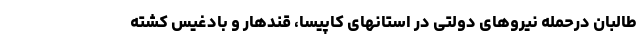
طالبان درحمله نیروهای دولتی در استانهای کاپیسا، قندهار و بادغیس کشته